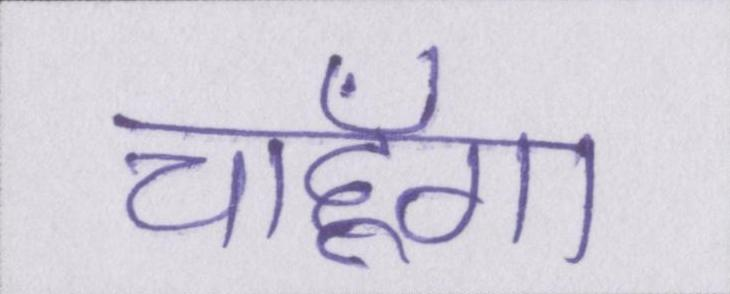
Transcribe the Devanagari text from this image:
चाहूँगा